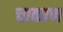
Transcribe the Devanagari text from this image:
चाकाण